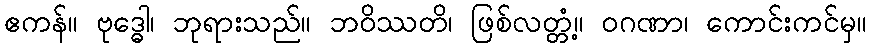
ဧကန်။ ဗုဒ္ဓေါ၊ ဘုရားသည်။ ဘဝိဿတိ၊ ဖြစ်လတ္တံ့။ ဝဂဏာ၊ ကောင်းကင်မှ။